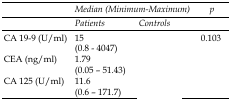
<table><thead><tr><td rowspan="2">[EMPTY_CELL]</td><td colspan="2"><b><i>Median (Minimum-Maximum)</i></b></td><td rowspan="2"><b> <i>p</i></b></td></tr><tr><td><b><i>Patients</i></b></td><td><b><i>Controls</i></b></td></tr></thead><tbody><tr><td>CA 19-9 (U/ml)</td><td>15 (0.8 - 4047)</td><td>[EMPTY_CELL]</td><td>0.103</td></tr><tr><td>CEA (ng/ml)</td><td>1.79 (0.05 – 51.43)</td><td>[EMPTY_CELL]</td><td>[EMPTY_CELL]</td></tr><tr><td>CA 125 (U/ml)</td><td>11.6 (0.6 – 171.7)</td><td>[EMPTY_CELL]</td><td>[EMPTY_CELL]</td></tr></tbody></table>